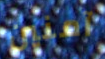
آمنين